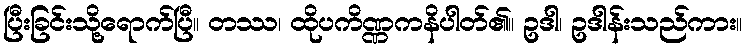
ပြီးခြင်းသို့ရောက်ပြီ။ တဿ၊ ထိုပကိဏ္ဏကနိပါတ်၏။ ဥဒါ၊ ဥဒါန်းသည်ကား။